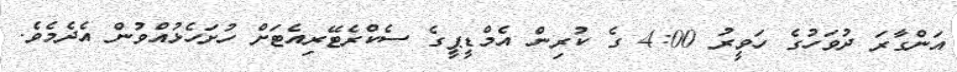
އަންގާރަ ދުވަހުގެ ހަވީރު 4:00 ގެ ކުރިން އެމްޑީޕީގެ ސެކްރެޓޭރިއެޓަށް ހުށަހެޅުއްވުން އެދެމެވެ.